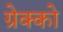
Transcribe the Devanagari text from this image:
ग्रेक्को